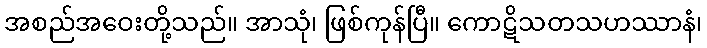
အစည်အဝေးတို့သည်။ အာသုံ၊ ဖြစ်ကုန်ပြီ။ ကောဋိသတသဟဿာနံ၊